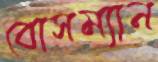
বোসম্যান